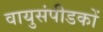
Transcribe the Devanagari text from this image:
वायुसंपीडकों